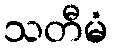
သတီမံ